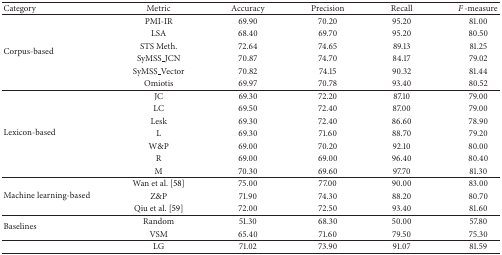
| Category | Metric | Accuracy | Precision | Recall | F-measure |
 | --- | --- | --- | --- | --- | --- |
 | <ROWSPAN=6> Corpus-based | PMI-IR | 69.90 | 70.20 | 95.20 | 81.00 |
 | LSA | 68.40 | 69.70 | 95.20 | 80.50 |
 | STS Meth. | 72.64 | 74.65 | 89.13 | 81.25 |
 | SyMSS_JCN | 70.87 | 74.70 | 84.17 | 79.02 |
 | SyMSS_Vector | 70.82 | 74.15 | 90.32 | 81.44 |
 | Omiotis | 69.97 | 70.78 | 93.40 | 80.52 |
 | <ROWSPAN=7> Lexicon-based | JC | 69.30 | 72.20 | 87.10 | 79.00 |
 | LC | 69.50 | 72.40 | 87.00 | 79.00 |
 | Lesk | 69.30 | 72.40 | 86.60 | 78.90 |
 | L | 69.30 | 71.60 | 88.70 | 79.20 |
 | W&P | 69.00 | 70.20 | 92.10 | 80.00 |
 | R | 69.00 | 69.00 | 96.40 | 80.40 |
 | M | 70.30 | 69.60 | 97.70 | 81.30 |
 | <ROWSPAN=3> Machine learning-based | Wan et al. [58] | 75.00 | 77.00 | 90.00 | 83.00 |
 | Z&P | 71.90 | 74.30 | 88.20 | 80.70 |
 | Qiu et al. [59] | 72.00 | 72.50 | 93.40 | 81.60 |
 | <ROWSPAN=2> Baselines | Random | 51.30 | 68.30 | 50.00 | 57.80 |
 | VSM | 65.40 | 71.60 | 79.50 | 75.30 |
 |  | LG | 71.02 | 73.90 | 91.07 | 81.59 |